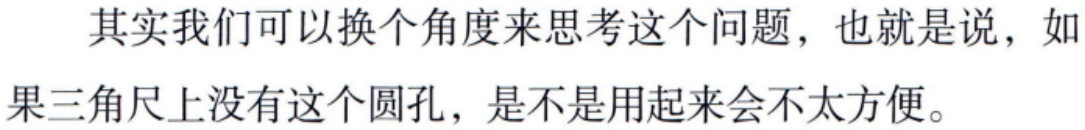
其实我们可以换个角度来思考这个问题，也就是说，如果三角尺上没有这个圆孔，是不是用起来会不太方便。